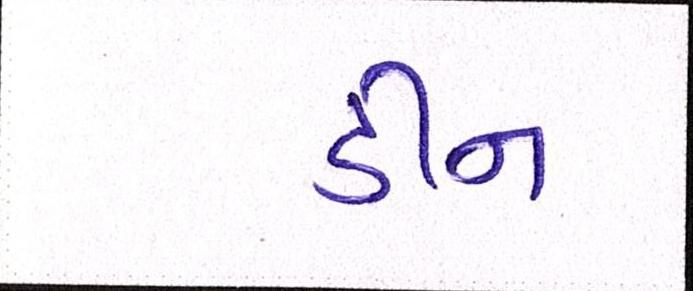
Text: ડીન